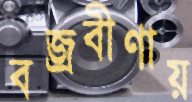
বজ্রবীণায়